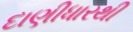
દાણીધારથી